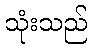
သုံးသည်